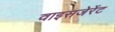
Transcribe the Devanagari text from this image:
वाइसजेरेंट